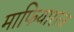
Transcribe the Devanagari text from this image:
माफियाराज